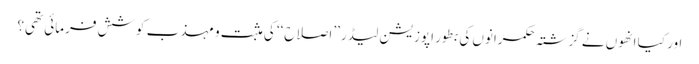
اور کیا انھوں نے گزشتہ حکمرانوں کی بطور اپوزیشن لیڈر ’’اصلاح‘‘ کی مثبت و مہذب کوشش فرمائی تھی؟